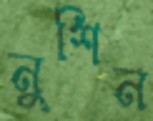
নুশিন